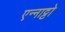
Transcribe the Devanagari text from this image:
एन्नाट्टो